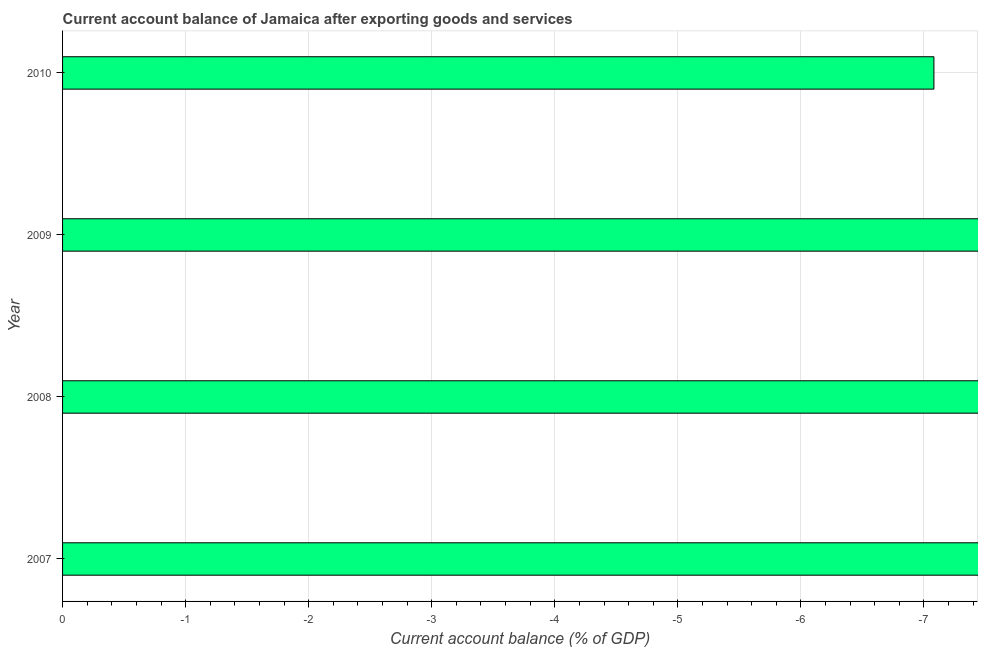
| Year | Current account balance |
 | --- | --- |
 | 2007 | -15.9 |
 | 2008 | -20.4 |
 | 2009 | -9.37 |
 | 2010 | -7.08 |